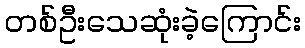
တစ်ဦးသေဆုံးခဲ့ကြောင်း